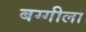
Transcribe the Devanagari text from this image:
बग्गीला